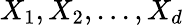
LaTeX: X_{1},X_{2},...,X_{d}